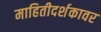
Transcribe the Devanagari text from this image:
माहितीदर्शकावर